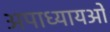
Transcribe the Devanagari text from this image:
अपाध्यायओं